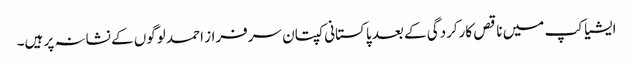
ایشیا کپ میں ناقص کارکردگی کے بعد پاکستانی کپتان سرفراز احمد لوگوں کے نشانہ پر ہیں۔